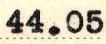
44.05